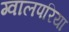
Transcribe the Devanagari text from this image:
ग्वालपरिया